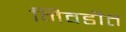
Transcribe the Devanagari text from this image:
निवडीत